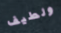
ولطيف